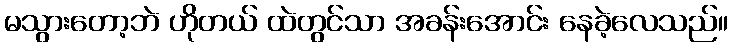
မသွားတော့ဘဲ ဟိုတယ် ထဲတွင်သာ အခန်းအောင်း နေခဲ့လေသည်။